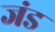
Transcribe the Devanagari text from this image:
जंड